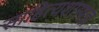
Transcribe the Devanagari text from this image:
साहित्यशास्त्रज्ञ